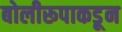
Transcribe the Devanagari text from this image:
बोलीरूपाकडून